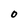
Character: 0